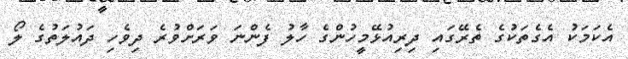
އެކަމަކު އެގެތަކުގެ ތެރޭގައި ދިރިއުޅޭމީހުންގެ ހާލު ފެންނަ ވަރަށްވުރެ ދިވެހި ދައުލަތުގެ ލޯ